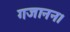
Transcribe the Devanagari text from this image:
गजानन।